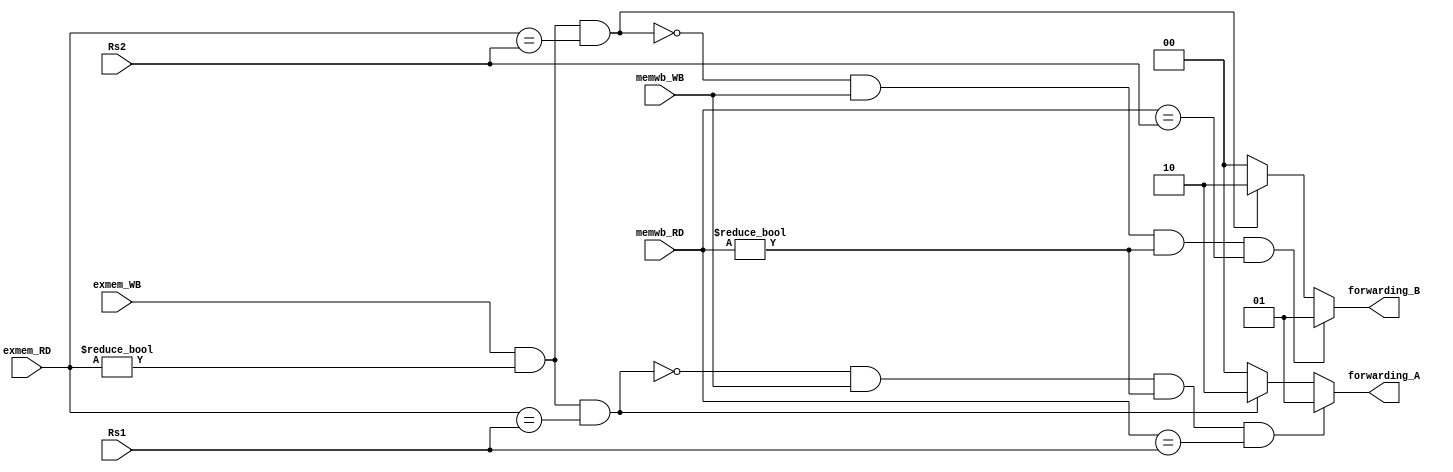
/***************************************************
Student Name:  
Student ID: 0716080 0716203
***************************************************/

`timescale 1ns/1ps

module ForwardingUnit(
	input [4:0] Rs1,
	input [4:0] Rs2,
	input [4:0] exmem_RD,
	input [4:0] memwb_RD,
	input exmem_WB,
	input memwb_WB,
	output reg [1:0] forwarding_A,
	output reg [1:0] forwarding_B
	);
	

/* Write your code HERE */
always @(*) begin
	forwarding_A <= 2'b00;
	forwarding_B <= 2'b00;
	if(exmem_WB&&exmem_RD!=0&&exmem_RD==Rs1)
		forwarding_A <= 2'b10;
	if(exmem_WB&&exmem_RD!=0&&exmem_RD==Rs2)
		forwarding_B <= 2'b10;
	if(!(exmem_WB&&exmem_RD!=0&&exmem_RD==Rs1)&&memwb_WB&&memwb_RD!=0&&memwb_RD==Rs1)
		forwarding_A <= 2'b01;
	if(!(exmem_WB&&exmem_RD!=0&&exmem_RD==Rs2)&&memwb_WB&&memwb_RD!=0&&memwb_RD==Rs2)
		forwarding_B <= 2'b01;
end
endmodule